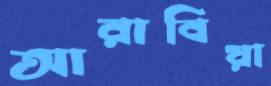
আরাবিয়া